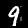
Label: 9